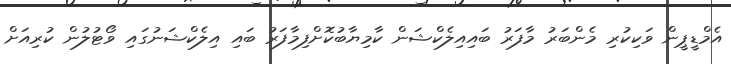
އެމްޑީޕީން ވަކިކުރި މެންބަރު މާފަރު ބައިއިލެކްޝަން ކާމިޔާބުކޮށްފިމާފަރު ބައި އިލެކްޝަނުގައި ވޯޓުލުން ކުރިއަށް